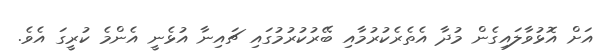
އަށް އޮޅުވާލައިގެން މުދާ އެތެރެކުރުމާއި ބޭރުކުރުމުގައި ޗައިނާ އުޅެނީ އެންމެ ކުރީގަ އެވެ.